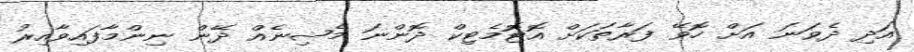
އަދި ދެވަނަ އަށް ހޮވޭ ފަރާތަކަށް އޮޓޮމެޓިކް ދޮންނަ މެޝިނެއް ދޭން ނިންމާފައިވާއިރު